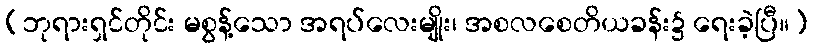
(ဘုရားရှင်တိုင်း မစွန့်သော အရပ်လေးမျိုး၊ အစလစေတိယခန်း၌ ရေးခဲ့ပြီ။)